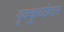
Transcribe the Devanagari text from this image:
वृक्कुच्छेदन